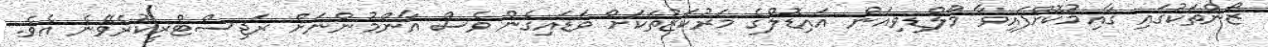
ޒޯންތަކުގައި ގާއިމުކޮށްފައިވާ މޯލްޑިވިއަން އައިޑޮލްގެ މަރުކަޒުތަކަށް ވަޑައިގެން ވެސް އާންމުންނަށް ރަޖިސްޓްރީކުރެވޭނެ އެވެ.